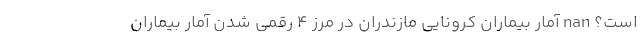
است؟ nan آمار بیماران کرونایی مازندران در مرز ۴ رقمی شدن آمار بیماران